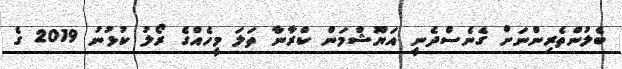
ބެލުންތެރިންނަށް ގެނެސްދެނީ އަޔޫޝްމަން ކްރާނާ ތަލަ މީހެއްގެ ރޯލު ކުޅުނު 2019 ގެ